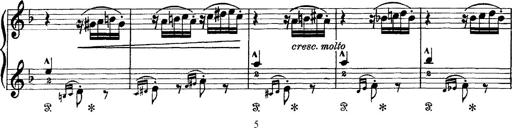
Title: Scherzo und Marsch
Composer: Franz Liszt